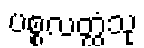
ပစ္စလတ္ထံသု